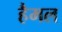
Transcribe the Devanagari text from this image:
हैमल